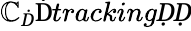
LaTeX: \mathbb{C}_{Ḋ}\mathrm{{Ḋ}}trackingḌḌ